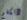
لأتكلم